Report on the working of the Ranchi Indian Mental Hospital, Kanke, in Bihar and Orissa - 1930-1940
Year: 1930
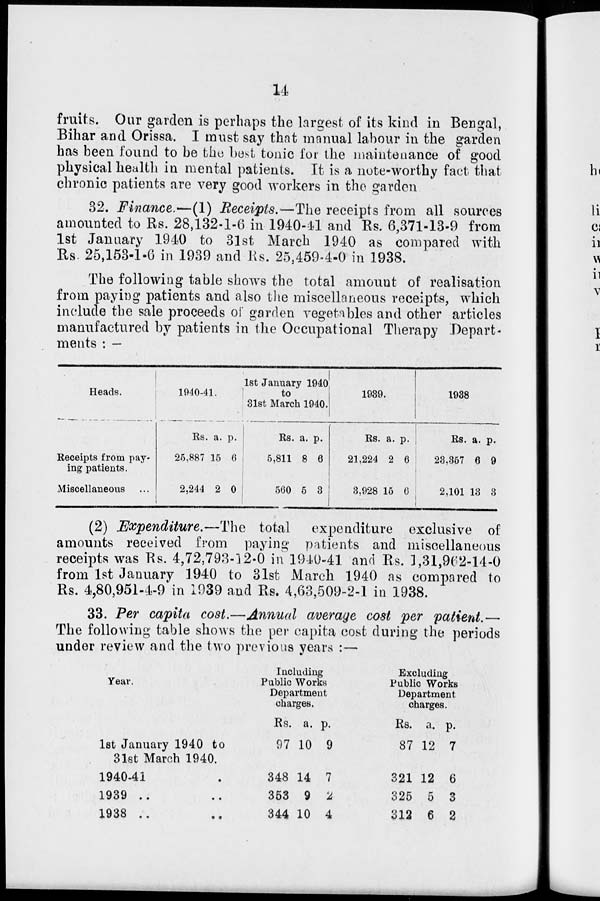
14
fruits. Our garden is perhaps the largest of its kind in Bengal,
Bihar and Orissa. I must say that manual labour in the garden
has been found to be the best tonic for the maintenance of good
physical health in mental patients. It is a note-worthy fact that
chronic patients are very good workers in the garden
32. Finance.—(1) Receipts.—The receipts from all sources
amounted to Rs. 28,132-1-6 in 1940-41 and Rs. 6,371-13-9 from
1st January 1940 to 31st March 1940 as compared with
Rs. 25,153-1-6 in 1939 and Rs. 25,459-4-0 in 1938.
The following table shows the total amount of realisation
from paying patients and also the miscellaneous receipts, which
include the sale proceeds of garden vegetables and other articles
manufactured by patients in the Occupational Therapy Depart-
ments : —
Heads.
Receipts from pay-
ing patients.
Miscellaneous
1940-41.
Rs.
25,887
2,244
a.
15
2
p.
6
0
1st January 1940
to
31st March 1940.
Rs.
5,811
560
a.
8
5
p.
6
3
1939.
Rs.
21,224
3,928
a.
2
15
p.
6
6
1938
Rs.
23,357
2,101
a.
6
13
p.
9
3
(2) Expenditure.—The total expenditure exclusive of
amounts received from paying patients and miscellaneous
receipts was Rs. 4,72,793-12-0 in 1940-41 and Rs. 1,31,962-14-0
from 1st January 1940 to 31st March 1940 as compared to
Rs. 4,80,951-4-9 in 1939 and Rs. 4,63,509-2-1 in 1938.
33. Per capita cost.—Annual average cost per patient.—
The following table shows the per capita cost during the periods
under review and the two previous years :—
Year.
1st January 1940 to
31st March 1940.
1940-41 ..
1939 .. ..
1938 .. ..
Including
Public Works
Department
charges.
Rs.
97
348
353
344
a.
10
14
9
10
p.
9
7
2
4
Excluding
Public Works
Department
charges.
Rs.
87
321
325
312
a.
12
12
5
6
p.
7
6
3
2